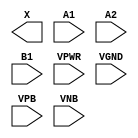
module sky130_fd_sc_hd__a21o (
    X   ,
    A1  ,
    A2  ,
    B1  ,
    VPWR,
    VGND,
    VPB ,
    VNB
);

    output X   ;
    input  A1  ;
    input  A2  ;
    input  B1  ;
    input  VPWR;
    input  VGND;
    input  VPB ;
    input  VNB ;
endmodule